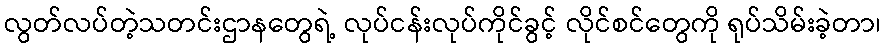
လွတ်လပ်တဲ့သတင်းဌာနတွေရဲ့ လုပ်ငန်းလုပ်ကိုင်ခွင့် လိုင်စင်တွေကို ရုပ်သိမ်းခဲ့တာ၊